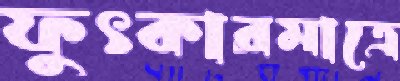
ফুৎকারমাত্রে